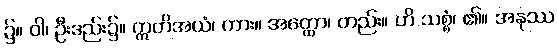
၌။ ဝါ၊ ဦးဒည်း၌။ ဣတိအယံ၊ ကား။ အတ္ထော၊ တည်း။ ဟိ သစ္စံ၊ ၏။ အနုဿ